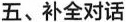
五、补全对话